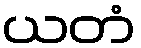
ယတံ